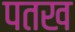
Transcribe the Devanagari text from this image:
पतख